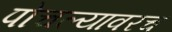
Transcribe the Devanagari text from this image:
पोचल्यावरच